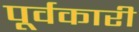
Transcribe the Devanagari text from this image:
पूर्वकारी